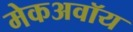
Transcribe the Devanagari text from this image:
मेकअवॉय